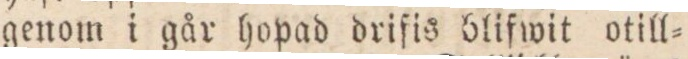
genom i går hopad driſis blifwit otill=